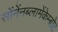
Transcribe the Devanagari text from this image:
सोंनेंनब्लामेंकेम्ब्रोट